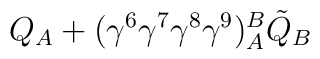
Q_A+(\gamma^{6}\gamma^{7}\gamma^{8}\gamma^{9})_A^B\tilde{Q}_B\nonumber